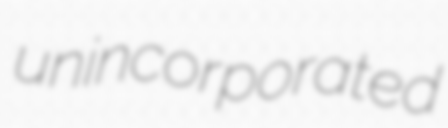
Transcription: unincorporated